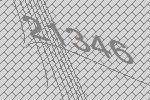
21346